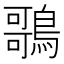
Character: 𪃿